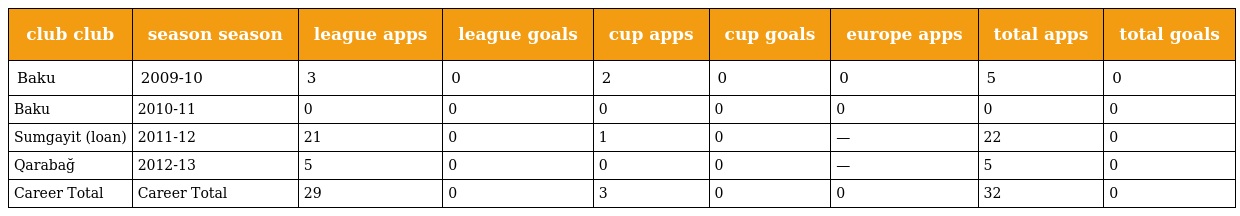
| club club | season season | league apps | league goals | cup apps | cup goals | europe apps | total apps | total goals |
 | --- | --- | --- | --- | --- | --- | --- | --- | --- |
 | Baku | 2009-10 | 3 | 0 | 2 | 0 | 0 | 5 | 0 |
 | Baku | 2010-11 | 0 | 0 | 0 | 0 | 0 | 0 | 0 |
 | Sumgayit (loan) | 2011-12 | 21 | 0 | 1 | 0 | — | 22 | 0 |
 | Qarabağ | 2012-13 | 5 | 0 | 0 | 0 | — | 5 | 0 |
 | Career Total | Career Total | 29 | 0 | 3 | 0 | 0 | 32 | 0 |